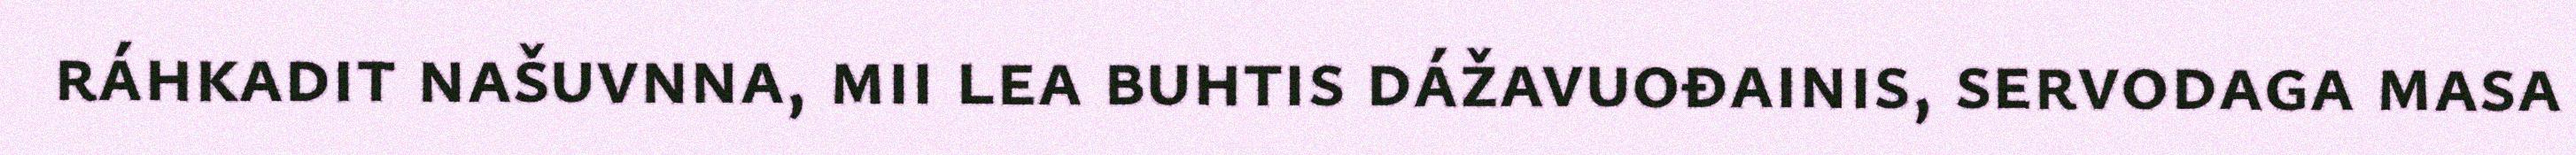
ráhkadit našuvnna, mii lea buhtis dážavuođainis, servodaga masa